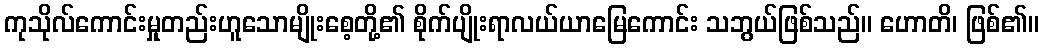
ကုသိုလ်ကောင်းမှုတည်းဟူသောမျိုးစေ့တို့၏ စိုက်ပျိုးရာလယ်ယာမြေကောင်း သဘွယ်ဖြစ်သည်။ ဟောတိ၊ ဖြစ်၏။